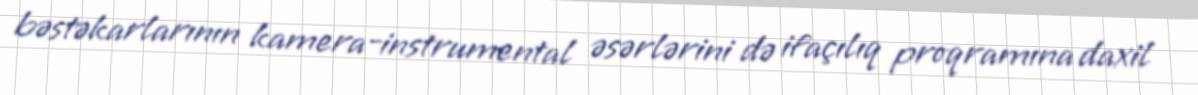
bəstəkarlarının kamera-instrumental əsərlərini də ifaçılıq proqramına daxil